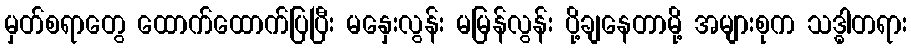
မှတ်စရာတွေ ထောက်ထောက်ပြပြီး မနှေးလွန်း မမြန်လွန်း ပို့ချနေတာမို့ အများစုက သဒ္ဓါတရား